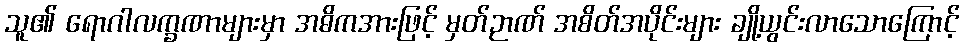
သူ၏ ရောဂါလက္ခဏာများမှာ အဓိကအားဖြင့် မှတ်ဉာဏ် အစိတ်အပိုင်းများ ချို့ယွင်းလာသောကြောင့်